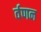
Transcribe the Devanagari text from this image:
र्वणन